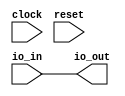
module DriverTest(
    input clock,
    input reset,
    input io_in,
    output io_out
);
    assign io_out = io_in;
endmodule //DriverTest